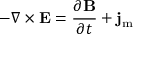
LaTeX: - \nabla \times \mathbf { E } = { \frac { \partial \mathbf { B } } { \partial t } } + \mathbf { j } _ { \mathrm { m } }